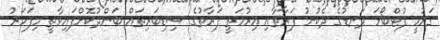
ގައުމީ ފުޓްބޯޅަ ދަނޑުގެ ދެކުނު ފަރާތާއި އިރުމަތީ ފަރާތުގެ ސިޑިބަރިތައް ބަންދުކޮށްފައިވާތީ މިފަހަރު